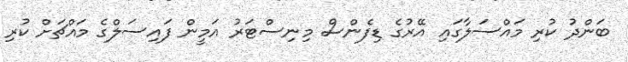
ބަންދު ކުރި މައްސަލާގައި އޭރުގެ ޑިފެންސް މިނިސްޓަރު އަމީން ފައިސަލްގެ މައްޗަށް ކުރި